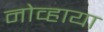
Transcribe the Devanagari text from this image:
नोव्हाया